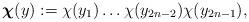
LaTeX: \begin{align*}\boldsymbol{\chi}(y):=\chi(y_1)\ldots\chi(y_{2n-2})\chi(y_{2n-1}),\end{align*}